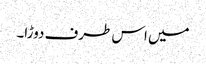
میں اس طرف دوڑا۔